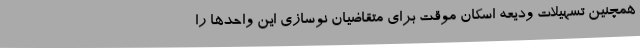
همچنین تسهیلات ودیعه اسکان موقت برای متقاضیان نوسازی این واحدها را